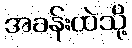
အခန်းထဲသို့